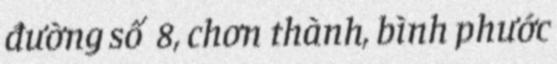
đường số 8, chơn thành, bình phước